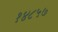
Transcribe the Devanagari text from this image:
१४८५७